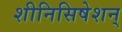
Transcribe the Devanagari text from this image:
शीनिसिषेशन्